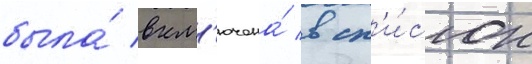
была́ вкл'ючена́ в сп'и́сок